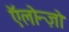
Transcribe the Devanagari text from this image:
ऍलोन्ज़ो